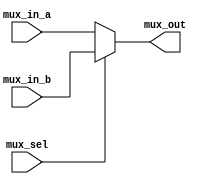
module mux2_1(
    input [3:0] mux_in_a,mux_in_b ,
    input mux_sel ,
    output reg [3:0] mux_out
    );
    
    always @(mux_in_a,mux_in_b,mux_sel)
    begin
        mux_out = mux_sel? mux_in_b:mux_in_a;
    end
endmodule